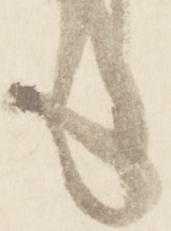
も